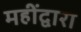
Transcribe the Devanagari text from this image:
महींद्वारा